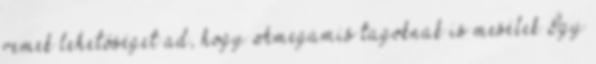
remek lehetőséget ad, hogy Amegamis tagoknak is mesélek Így